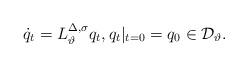
LaTeX: \begin{align*} \dot{q}_t = L^{\Delta,\sigma}_\vartheta q_t , q_t|_{t=0} = q_0 \in \mathcal{D}_\vartheta.\end{align*}